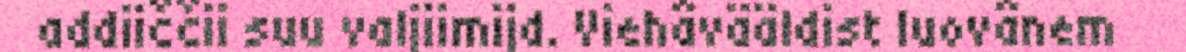
addiiččii suu valjiimijd. Viehâvääldist luovânem